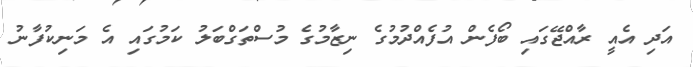
އަދި އެއީ ރާއްޖޭގައި ބޯފެން އުފެއްދުމުގެ ނިޒާމުގެ މުސްތަގްބަލު ކަމުގައި އެ މަނިކުފާނު